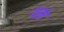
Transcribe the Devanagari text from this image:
थमे